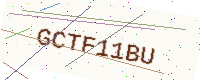
Text: GCTF11BU